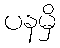
ပနမှိ